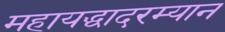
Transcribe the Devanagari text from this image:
महायद्धादरम्यान